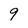
Character: 9